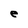
Character: e